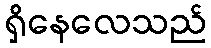
ရှိနေလေသည်